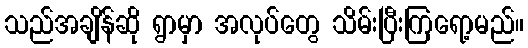
သည်အချိန်ဆို ရွာမှာ အလုပ်တွေ သိမ်းပြီးကြရော့မည်။